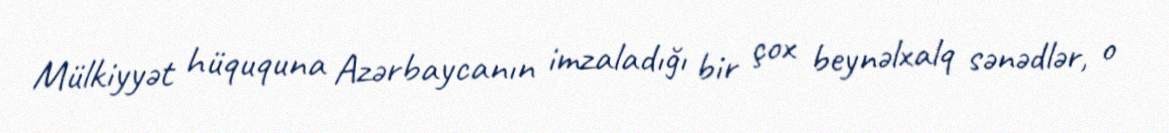
Mülkiyyət hüququna Azərbaycanın imzaladığı bir çox beynəlxalq sənədlər, o